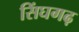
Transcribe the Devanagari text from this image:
सिंघगढ़